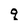
Character: q